Quinine and its salts - Number 41
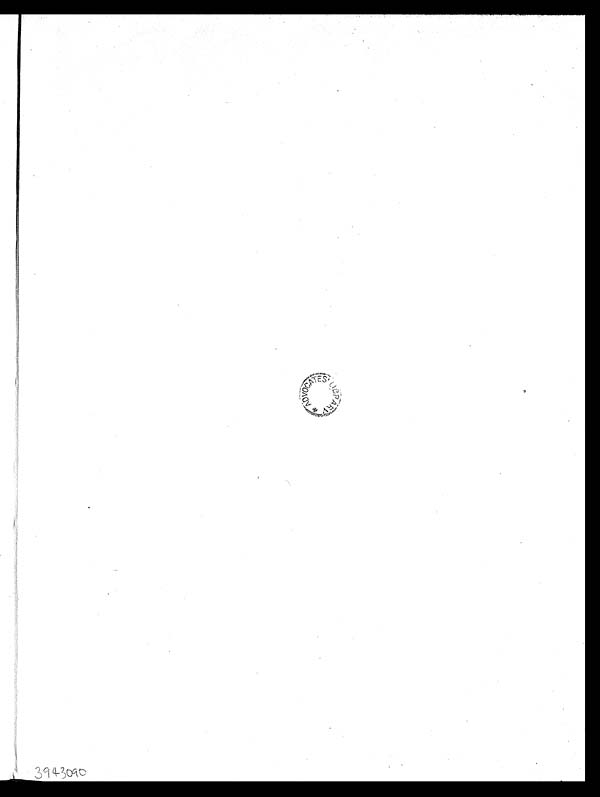
-